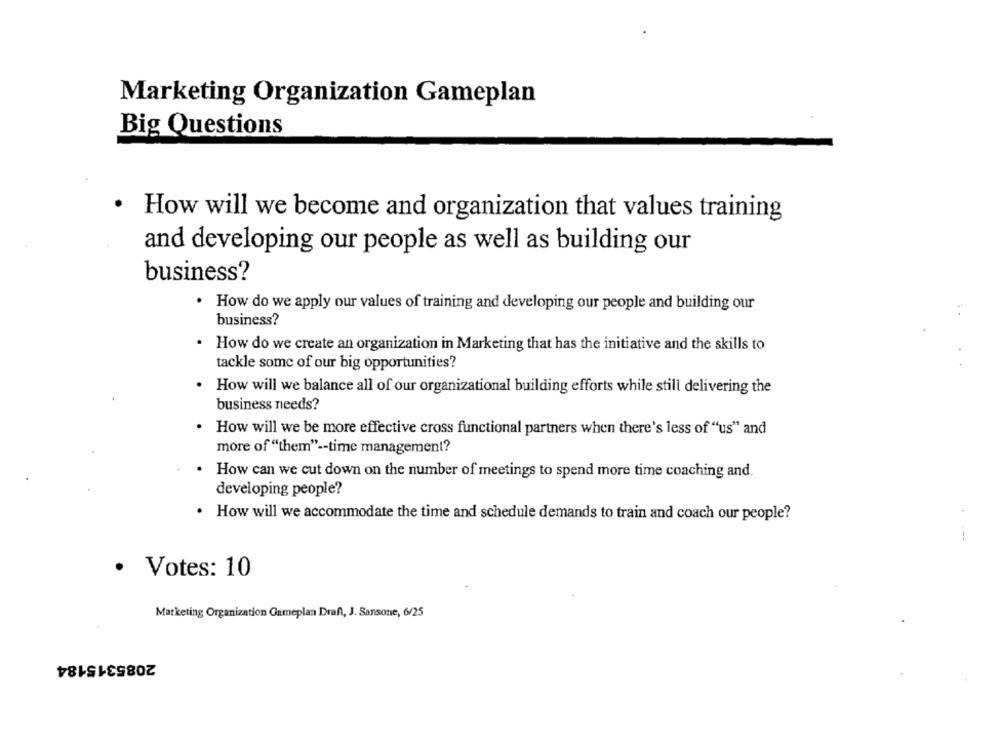
Marketing Organization Gameplan
Big Questions
.
How will we become and organization that values training
and developing our people as well as building our
business?
How do we apply our values of training and developing our people and building our
business?
How do we create an organization in Marketing that has the initiative and the skills to
tackle some of our big opportunities?
How will we balance all of our organizational building efforts while still delivering the
business needs?
How will we be more effective cross functional partners when there's less of "us" and
more of "them" -- time management?
How can we cut down on the number of meetings to spend more time coaching and.
developing people?
. How will we accommodate the time and schedule demands to train and coach our people?
...
· Votes: 10
Marketing Organization Gameplan Draft, J. Sansone, 6/25
2085315184